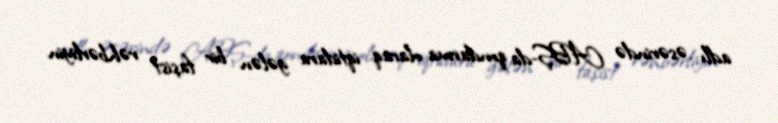
adlı əsərində ABŞ-da qondarma olaraq iqtidara gələn bir faşist rəhbərliyin